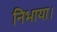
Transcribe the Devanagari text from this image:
निभाया।